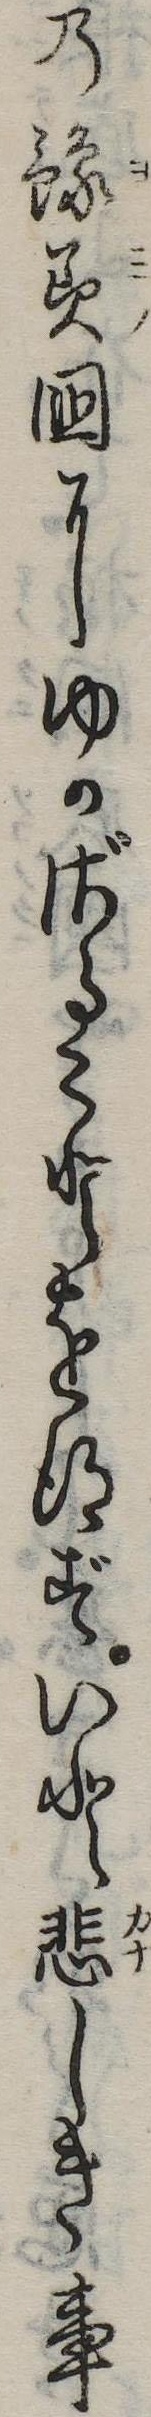
の予美国にゆかざることを得ずいと悲しき事